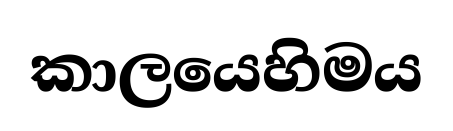
කාලයෙහිමය